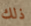
ذلك